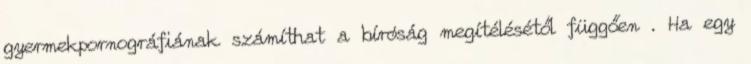
gyermekpornográfiának számíthat a bíróság megítélésétől függően . Ha egy